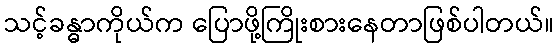
သင့်ခန္ဓာကိုယ်က ပြောဖို့ကြိုးစားနေတာဖြစ်ပါတယ်။